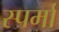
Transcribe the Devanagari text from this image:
स्पर्मा